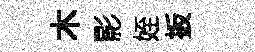
木影姪扳